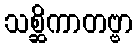
သစ္ဆိကာတဗ္ဗာ